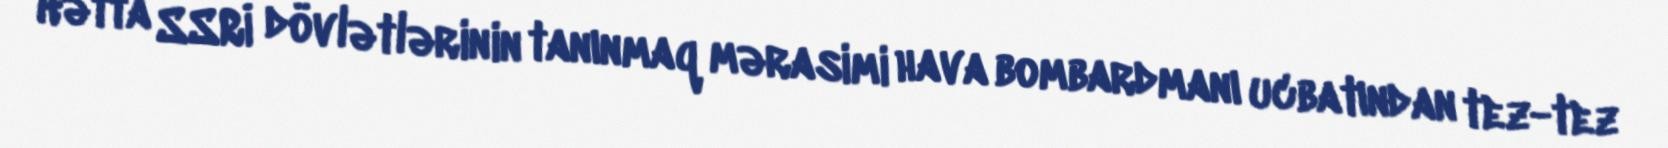
Hətta SSRİ dövlətlərinin tanınmaq mərasimi hava bombardmanı ucbatından tez-tez